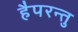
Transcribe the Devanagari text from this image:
हैपरन्तु